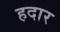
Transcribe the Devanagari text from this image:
हदार